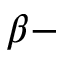
\beta -